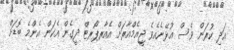
އަދި ކުރަން ވެސް އުޅޭނެއެވެ ޖީއެމްއާރަށް އެއާރޕޯރޓް ދީގެން އެކަން އެންމެ ބޮޑަށް